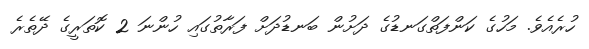
ހުރެއެވެ. މަހުގެ ކަންފަތްގަނޑުގެ ދަށުން ބަނޑުދަށް ފަރާތުގައި ހުންނަ 2 ކޮތަރީގެ ދޭތެރެ